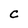
Character: C